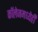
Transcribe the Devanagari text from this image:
काॅलेजमध्येही